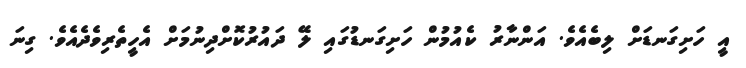
އީ ހަށިގަނޑަށް ލިބެއެވެ. އަންނާރު ކެއުމުން ހަށިގަނޑުގައި ލޭ ދައުރުކޮށްދިނުމަށް އެހީތެރިވެދެއެވެ. ގިނަ